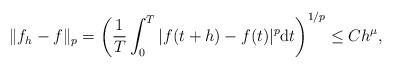
LaTeX: \begin{align*}\Vert f_h - f \Vert_p = \left( \frac{1}{T} \int_0^T |f(t+h) - f(t)|^p \mathrm{d}t \right)^{1/p} \leq C h^\mu,\end{align*}